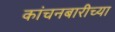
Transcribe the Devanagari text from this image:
कांचनबारीच्या